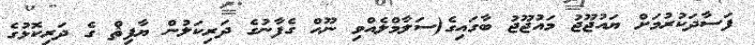
ފަސާދަކުރުމަށް ޔައުޖޫޖު މައުޖޫޖު ބާގައިގެ(ސަލާމްލެއްވި ނޫޙް ގެފާނުގެ ދަރިކަލުން ޔާފިޘް ގެ ދަރިކޮޅުގެ